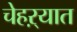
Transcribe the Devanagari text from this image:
चेहऱ्यात